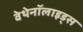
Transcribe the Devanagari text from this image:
वेथेनॉलाइड्स